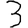
Digit: 3